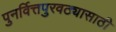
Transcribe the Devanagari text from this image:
पुनर्वित्तपुरवठ्यासाठी